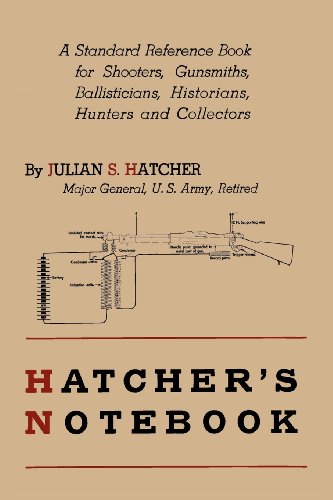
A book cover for Hatcher's Notebook: A Standard Reference Book for Shooters, Gunsmiths, Ballisticians, Historians, Hunters, and Collectors; Julian S. Hatcher; Crafts, Hobbies & Home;